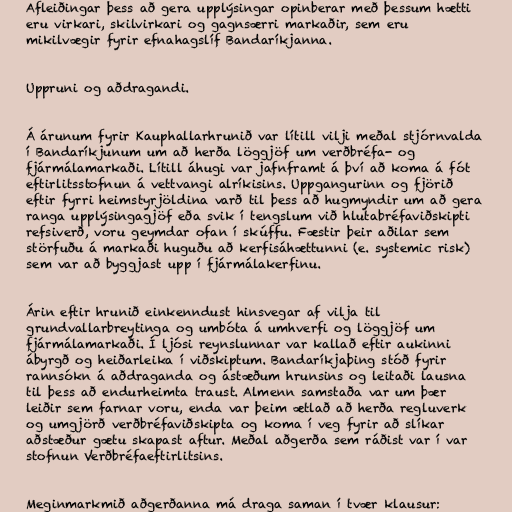
Afleiðingar þess að gera upplýsingar opinberar með þessum hætti
eru virkari, skilvirkari og gagnsærri markaðir, sem eru
mikilvægir fyrir efnahagslíf Bandaríkjanna.

Uppruni og aðdragandi.

Á árunum fyrir Kauphallarhrunið var lítill vilji meðal stjórnvalda
í Bandaríkjunum um að herða löggjöf um verðbréfa- og
fjármálamarkaði. Lítill áhugi var jafnframt á því að koma á fót
eftirlitsstofnun á vettvangi alríkisins. Uppgangurinn og fjörið
eftir fyrri heimstyrjöldina varð til þess að hugmyndir um að gera
ranga upplýsingagjöf eða svik í tengslum við hlutabréfaviðskipti
refsiverð, voru geymdar ofan í skúffu. Fæstir þeir aðilar sem
störfuðu á markaði huguðu að kerfisáhættunni (e. systemic risk)
sem var að byggjast upp í fjármálakerfinu.

Árin eftir hrunið einkenndust hinsvegar af vilja til
grundvallarbreytinga og umbóta á umhverfi og löggjöf um
fjármálamarkaði. Í ljósi reynslunnar var kallað eftir aukinni
ábyrgð og heiðarleika í viðskiptum. Bandaríkjaþing stóð fyrir
rannsókn á aðdraganda og ástæðum hrunsins og leitaði lausna
til þess að endurheimta traust. Almenn samstaða var um þær
leiðir sem farnar voru, enda var þeim ætlað að herða regluverk
og umgjörð verðbréfaviðskipta og koma í veg fyrir að slíkar
aðstæður gætu skapast aftur. Meðal aðgerða sem ráðist var í var
stofnun Verðbréfaeftirlitsins.

Meginmarkmið aðgerðanna má draga saman í tvær klausur: